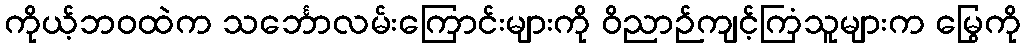
ကိုယ့်ဘဝထဲက သင်္ဘောလမ်းကြောင်းများကို ဝိညာဉ်ကျင့်ကြံသူများက မြွေကို